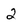
Character: 2